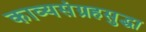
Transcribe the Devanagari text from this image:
काव्यसंग्रहसुद्धा